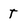
Character: t